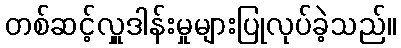
တစ်ဆင့်လှူဒါန်းမှုများပြုလုပ်ခဲ့သည်။